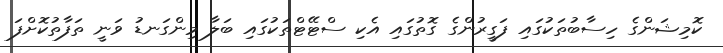
ކޮމިޝަންގެ ހިސާބުތަކުގައި ފަގީރުންގެ ގޮތުގައި އެކި ސްޓޭޓްތަކުގައި ބަލާ މިންގަނޑު ވަނީ ތަފާތުކޮށްފަ